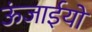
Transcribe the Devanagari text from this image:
ऊंजाईयों